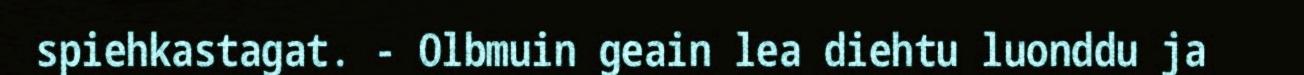
spiehkastagat. - Olbmuin geain lea diehtu luonddu ja